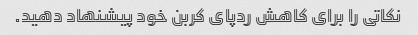
نکاتی را برای کاهش ردپای کربن خود پیشنهاد دهید.